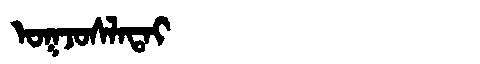
Manchu: ᠣᡴᠵᠣᠰᠯᠠᡨᠠᡳ
Romanization: OKJOSLATAI